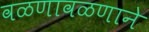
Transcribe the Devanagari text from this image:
वळणावळणाने